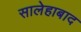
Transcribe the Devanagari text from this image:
सालेहाबाद